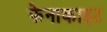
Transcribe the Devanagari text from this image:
फेनाकाइट